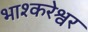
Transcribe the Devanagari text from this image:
भाश्करेश्वर